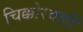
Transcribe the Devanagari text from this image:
चिक्कोरवशीं